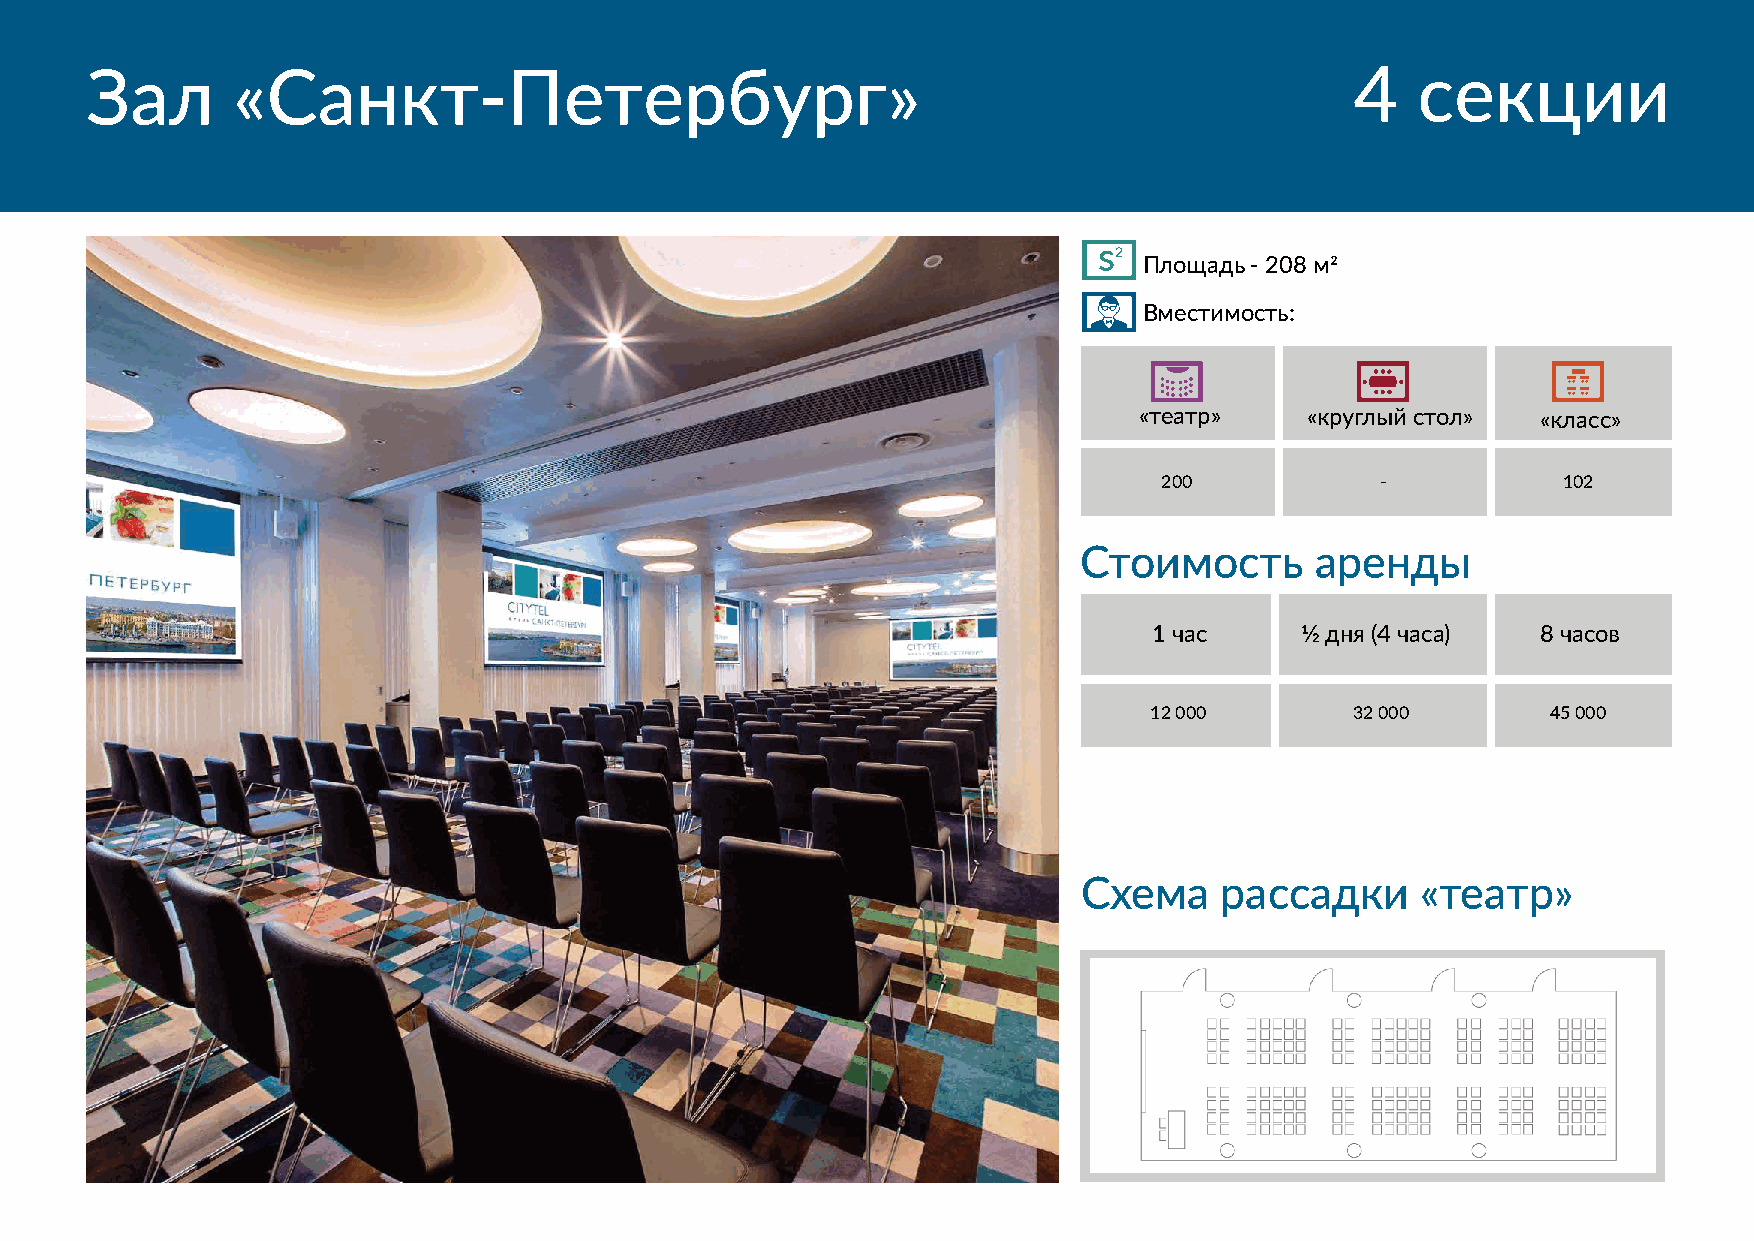
Зал      «Санкт-Петербург»                                                          4   секции
 s2
 Площадь - 208 м2
 Вместимость:
 «театр»     «круглый стол» «класс»
 200           -           102
 Стоимость      аренды
 1 час     1⁄2 дня (4 часа) 8 часов
 12 000        32 000       45 000
 Схема    рассадки     «театр»